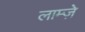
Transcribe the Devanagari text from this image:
लाम्ज़े